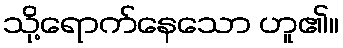
သို့ရောက်နေသော ဟူ၏။